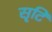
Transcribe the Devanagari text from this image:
सृ्टि